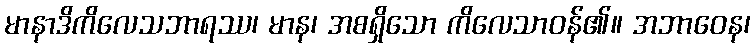
မာနာဒိကိလေသဘာရဿ၊ မာန၊ အစရှိသော ကိလေသာဝန်၏။ အဘာဝေန၊